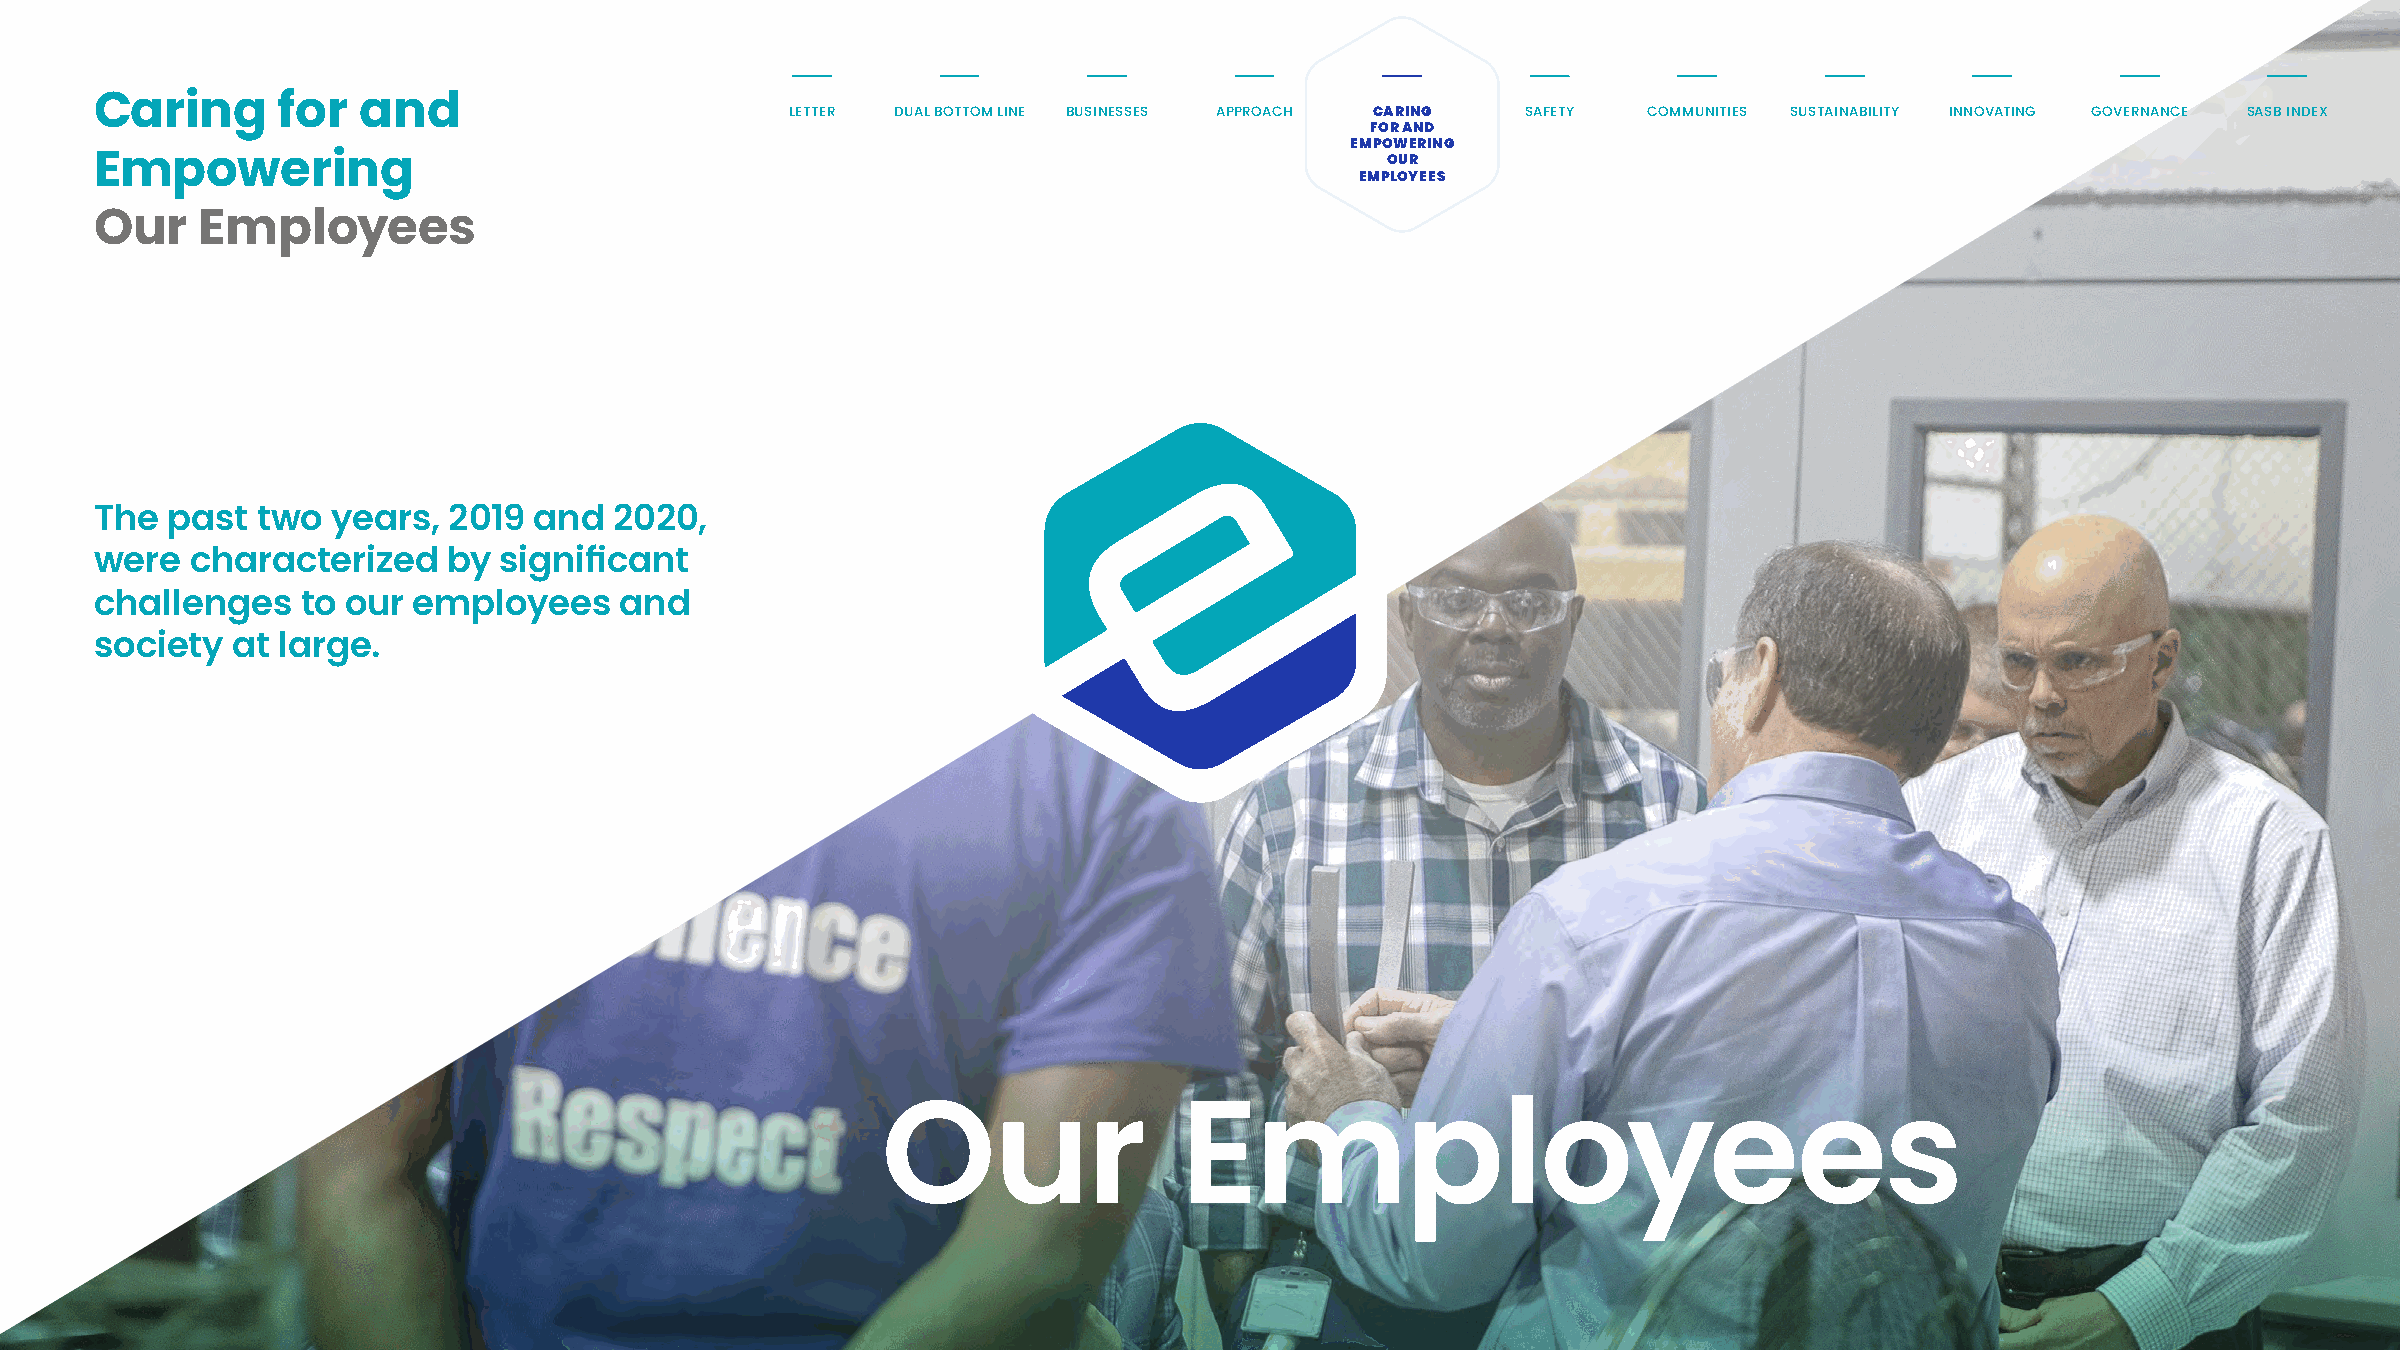
Caring      for   and                         LETTER DUAL BOTTOM LINE BUSINESSES APPROACH CARING SAFETY COMMUNITIES SUSTAINABILITY INNOVATING GOVERNANCE SASB INDEX
 FOR AND
 EMPOWERING
 OUR
 Empowering
 EMPLOYEES
 Our    Employees
 The  past  two  years,  2019 and   2020,
 were   characterized    by significant
 challenges    to our employees     and
 society  at large.
 Our                 Employees